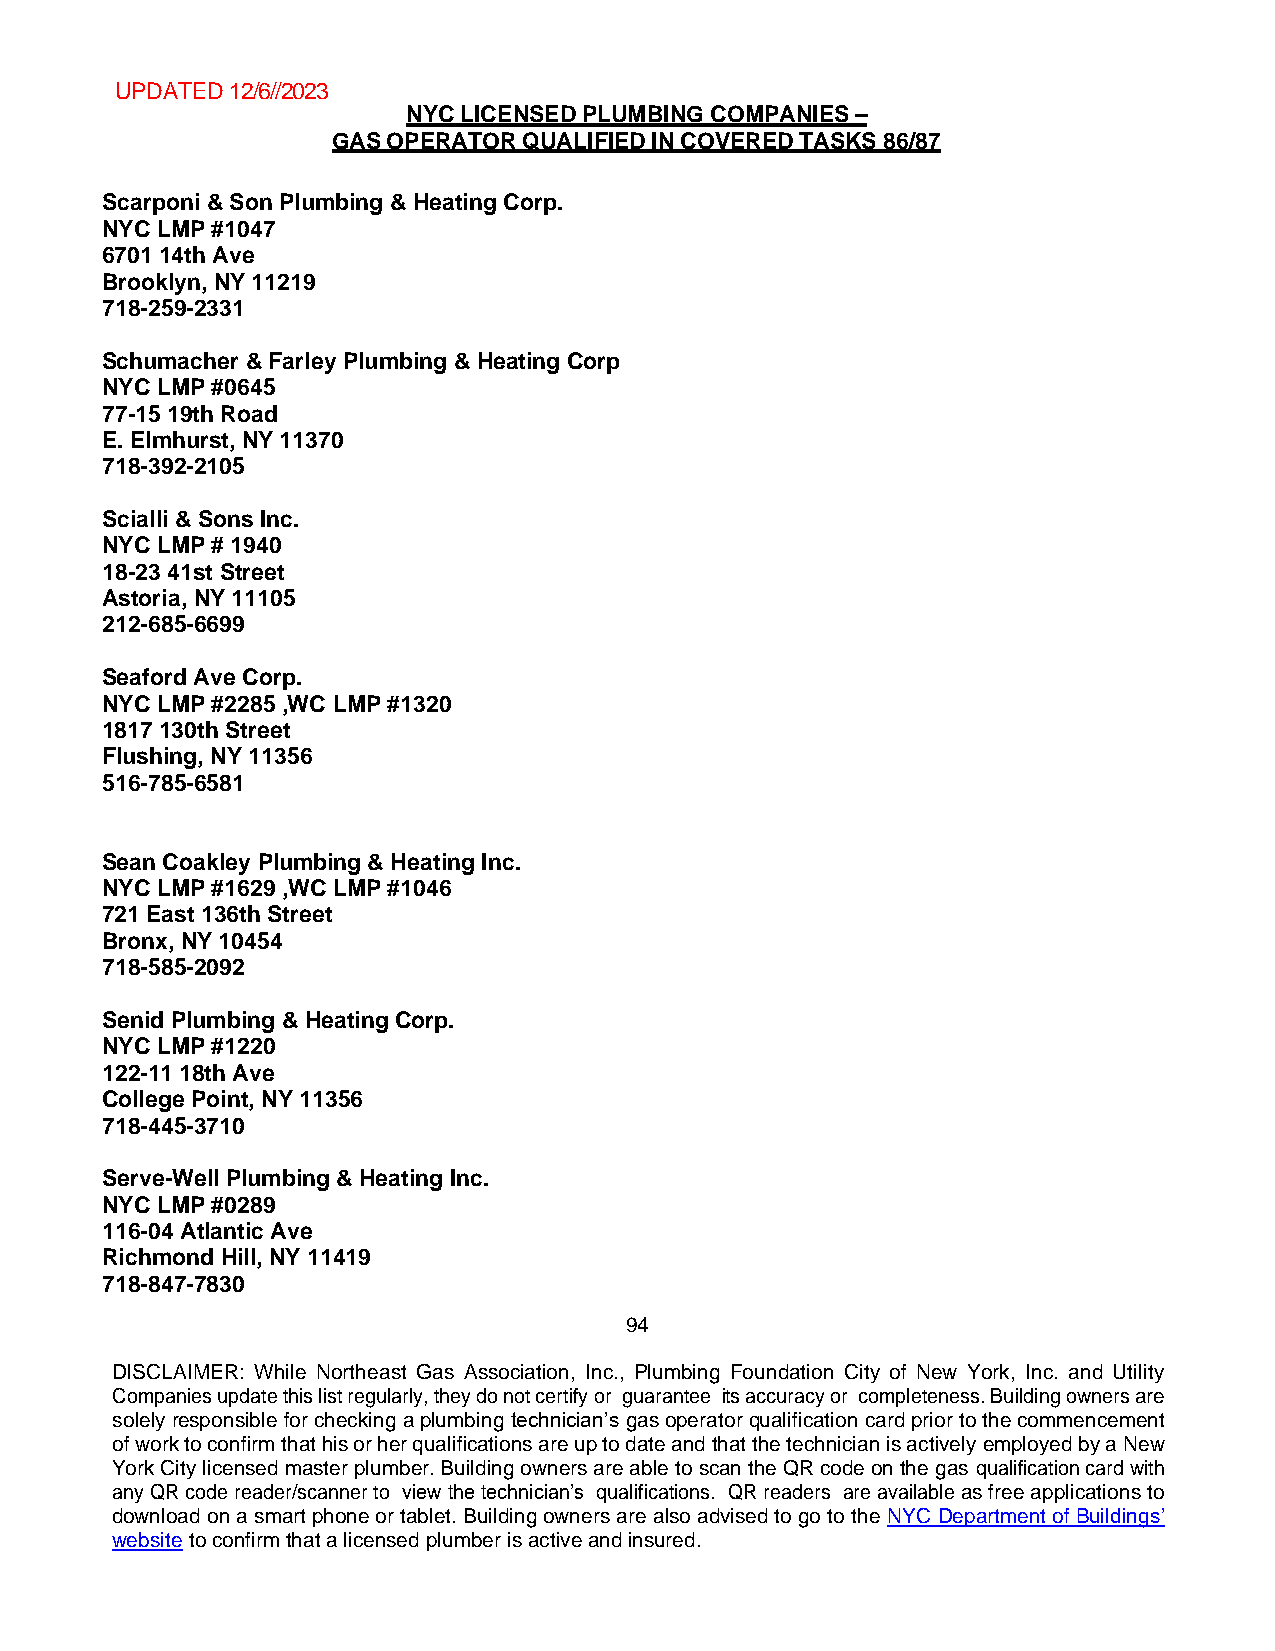
UPDATED 12/6//2023
 NYC LICENSED PLUMBING COMPANIES –
 GAS OPERATOR QUALIFIED IN COVERED TASKS 86/87
 Scarponi & Son Plumbing & Heating Corp.
 NYC LMP #1047
 6701 14th Ave
 Brooklyn, NY 11219
 718-259-2331
 Schumacher & Farley Plumbing & Heating Corp
 NYC LMP #0645
 77-15 19th Road
 E. Elmhurst, NY 11370
 718-392-2105
 Scialli & Sons Inc.
 NYC LMP # 1940
 18-23 41st Street
 Astoria, NY 11105
 212-685-6699
 Seaford Ave Corp.
 NYC LMP #2285 ,WC LMP #1320
 1817 130th Street
 Flushing, NY 11356
 516-785-6581
 Sean Coakley Plumbing & Heating Inc.
 NYC LMP #1629 ,WC LMP #1046
 721 East 136th Street
 Bronx, NY 10454
 718-585-2092
 Senid Plumbing & Heating Corp.
 NYC LMP #1220
 122-11 18th Ave
 College Point, NY 11356
 718-445-3710
 Serve-Well Plumbing & Heating Inc.
 NYC LMP #0289
 116-04 Atlantic Ave
 Richmond Hill, NY 11419
 718-847-7830
 94
 DISCLAIMER: While Northeast Gas Association, Inc., Plumbing Foundation City of New York, Inc. and Utility
 Companies update this list regularly, they do not certify or guarantee its accuracy or completeness. Building owners are
 solely responsible for checking a plumbing technician’s gas operator qualification card prior to the commencement
 of work to confirm that his or her qualifications are up to date and that the technician is actively employed by a New
 York City licensed master plumber. Building owners are able to scan the QR code on the gas qualification card with
 any QR code reader/scanner to view the technician’s qualifications. QR readers are available as free applications to
 download on a smart phone or tablet. Building owners are also advised to go to the NYC Department of Buildings’
 website to confirm that a licensed plumber is active and insured.